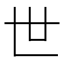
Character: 世